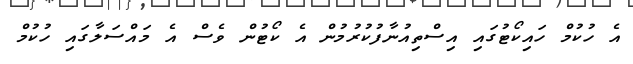
އެ ހުކުމް ހައިކޯޓުގައި އިސްތިއުނާފުކުރުމުން އެ ކޯޓުން ވެސް އެ މައްސަލާގައި ހުކުމް